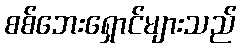
စစ်ဘေးရှောင်များသည်